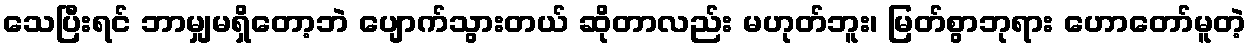
သေပြီးရင် ဘာမျှမရှိတော့ဘဲ ပျောက်သွားတယ် ဆိုတာလည်း မဟုတ်ဘူး၊ မြတ်စွာဘုရား ဟောတော်မူတဲ့